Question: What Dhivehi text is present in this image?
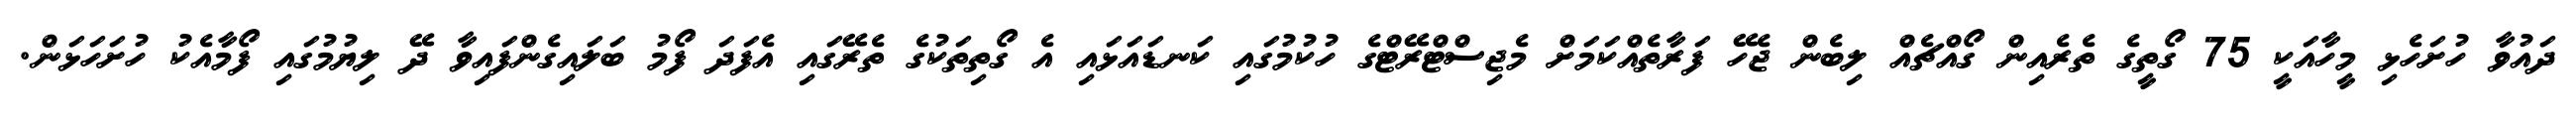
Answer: ދައުވާ ހުށަހެޅި މީހާއަކީ 75 ގޯތީގެ ތެރެއިން ގޯއްޗެއް ލިބެން ޖެހޭ ފަރާތެއްކަމަށް މެޖިސްޓްރޭޓްގެ ހުކުމުގައި ކަނޑައަޅައި އެ ގޯތިތަކުގެ ތެރޭގައި އެފަދަ ފޯމު ބަލައިގެންފައިވާ ދޭ ލިޔުމުގައި ފޯމާއެކު ހުށަހަޅަން.